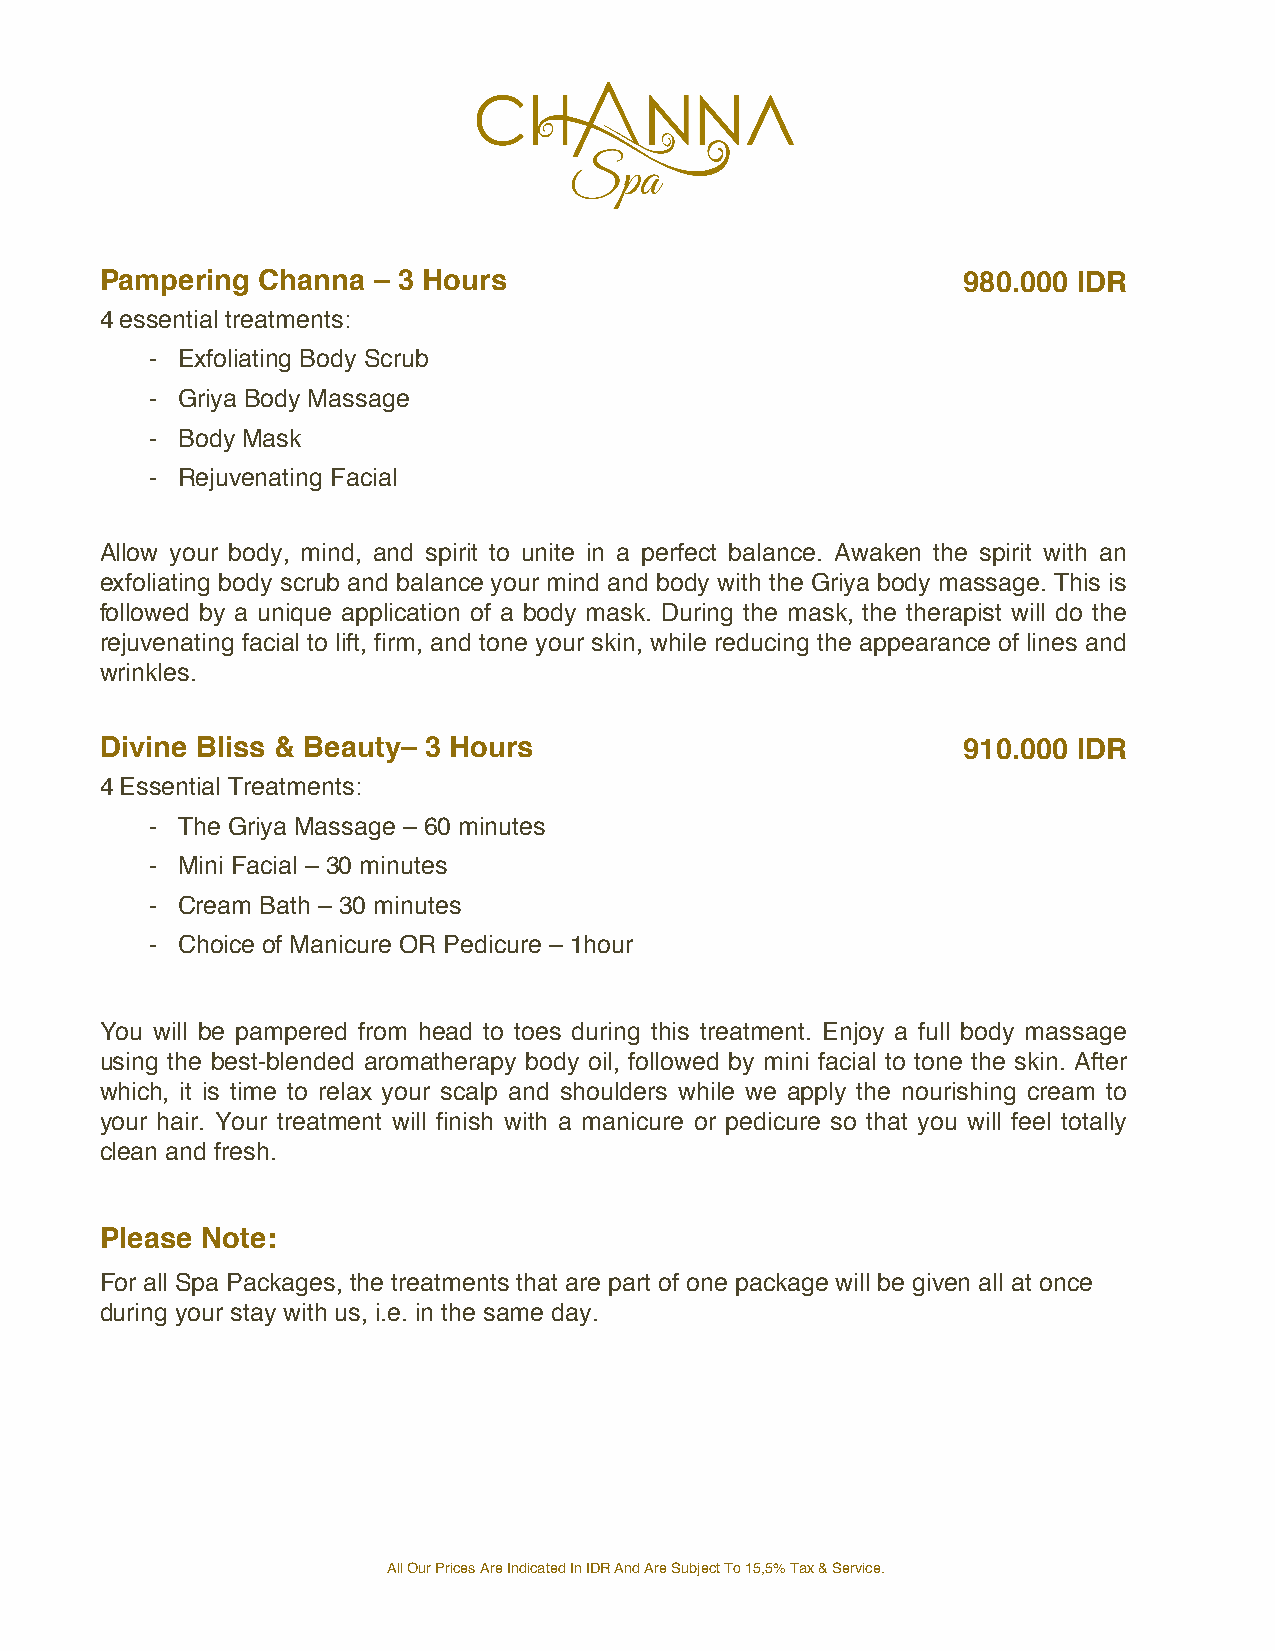
Pampering Channa  – 3 Hours                              980.000 IDR
 4 essential treatments:
 - Exfoliating Body Scrub
 - Griya Body Massage
 - Body Mask
 - Rejuvenating Facial
 Allow your body, mind, and spirit to unite in a perfect balance. A waken the spirit with an
 exfoliating body scrub and balance your mind and body with the Griya body massage. This is
 followed by a unique application of a body mask. During the mask, the therapist will do the
 rejuvenating facial to lift, firm, and tone your skin, while reducing the appearance of lines and
 wrinkles.
 Divine Bliss & Beauty– 3 Hours                           910.000 IDR
 4 Essential Treatments:
 - The Griya Massage – 60 minutes
 - Mini Facial – 30 minutes
 - Cream Bath – 30 minutes
 - Choice of Manicure OR Pedicure – 1hour
 You will be pampered from head to toes during this treatment. Enjoy a full body massage
 using the best-blended aromatherapy body oil, followed by mini facial to tone the skin. After
 which, it is time to relax your scalp and shoulders while we apply the nourishing cream to
 your hair. Your treatment will finish with a manicure or pedicure so that you will feel totally
 clean and fresh.
 Please Note:
 For all Spa Packages, the treatments that are part of one package will be given all at once
 during your stay with us, i.e. in the same day.
 All Our Prices Are Indicated In IDR And Are Subject To 15,5% Tax & Service.